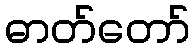
ဓာတ်တော်